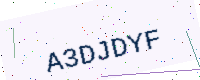
Text: A3DJDYF